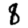
Digit: 8